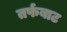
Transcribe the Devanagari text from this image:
तर्फबाट